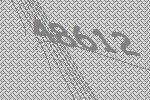
48612